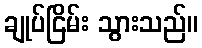
ချုပ်ငြိမ်း သွားသည်။